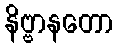
နိဗ္ဗာနတော